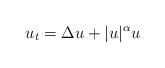
LaTeX: \begin{align*} u_t = \Delta u + |u|^\alpha u\end{align*}